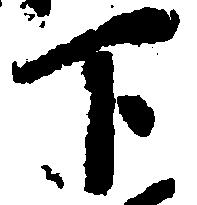
下